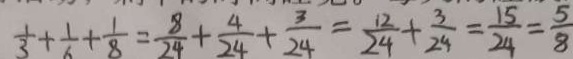
\frac { 1 } { 3 } + \frac { 1 } { 6 } + \frac { 1 } { 8 } = \frac { 8 } { 2 4 } + \frac { 4 } { 2 4 } + \frac { 3 } { 2 4 } = \frac { 1 2 } { 2 4 } + \frac { 3 } { 2 4 } = \frac { 1 5 } { 2 4 } = \frac { 5 } { 8 }